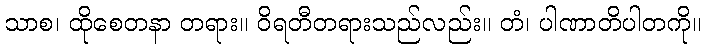
သာစ၊ ထိုစေတနာ တရား။ ဝိရတီတရားသည်လည်း။ တံ၊ ပါဏာတိပါတကို။